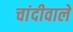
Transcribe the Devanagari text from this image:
चांदीवाले